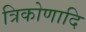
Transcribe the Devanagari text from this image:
त्रिकोणादि